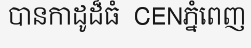
បានកាដូដ៏ធំ  CENភ្នំពេញ